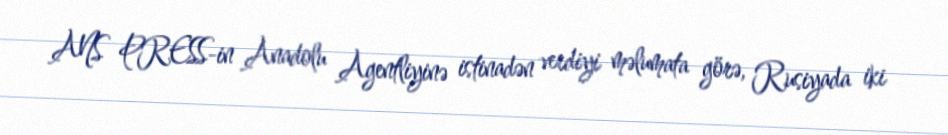
ANS PRESS-in Anadolu Agentliyinə istinadən verdiyi məlumata görə, Rusiyada iki